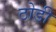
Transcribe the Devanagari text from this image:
ठोडी